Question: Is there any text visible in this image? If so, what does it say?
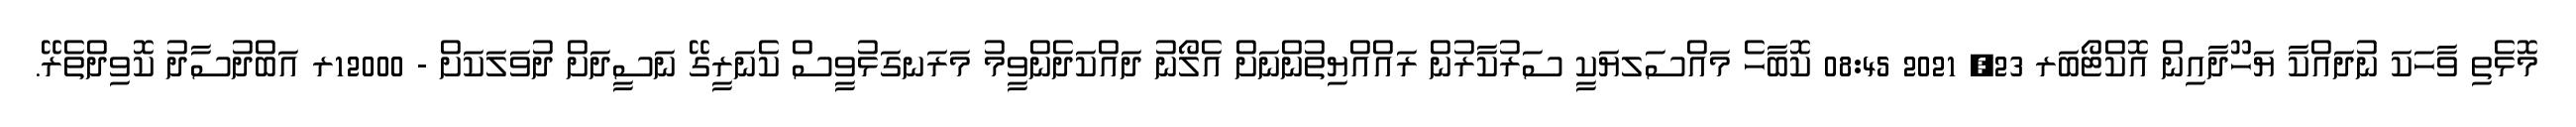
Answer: މޮޅެތި ވާހަކަ ނުދައްކާ ޔަހޫދާއިން އޮކްޓޯބަރ 23, 2021 08:45 ކޮބާހެ މައްސަލޔަކީ ސަރުކާރުން ރައްއްޔިތުންނަށް އެލޯނު ދައްކަދެންވީމު މަރަނގަޅުވީސް ކެނަރީގޭ ނަސީދަށް ދުވަލަކަށް - 12000ރ އަބްދުސާދު ކޮވިދްތެރޭ.